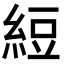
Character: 𬗖